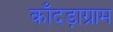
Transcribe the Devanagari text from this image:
काँदड़ाग्राम